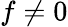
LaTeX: f\neq 0